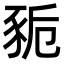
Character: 䝈